Leningradi_Edasi_toimetus, lk 223
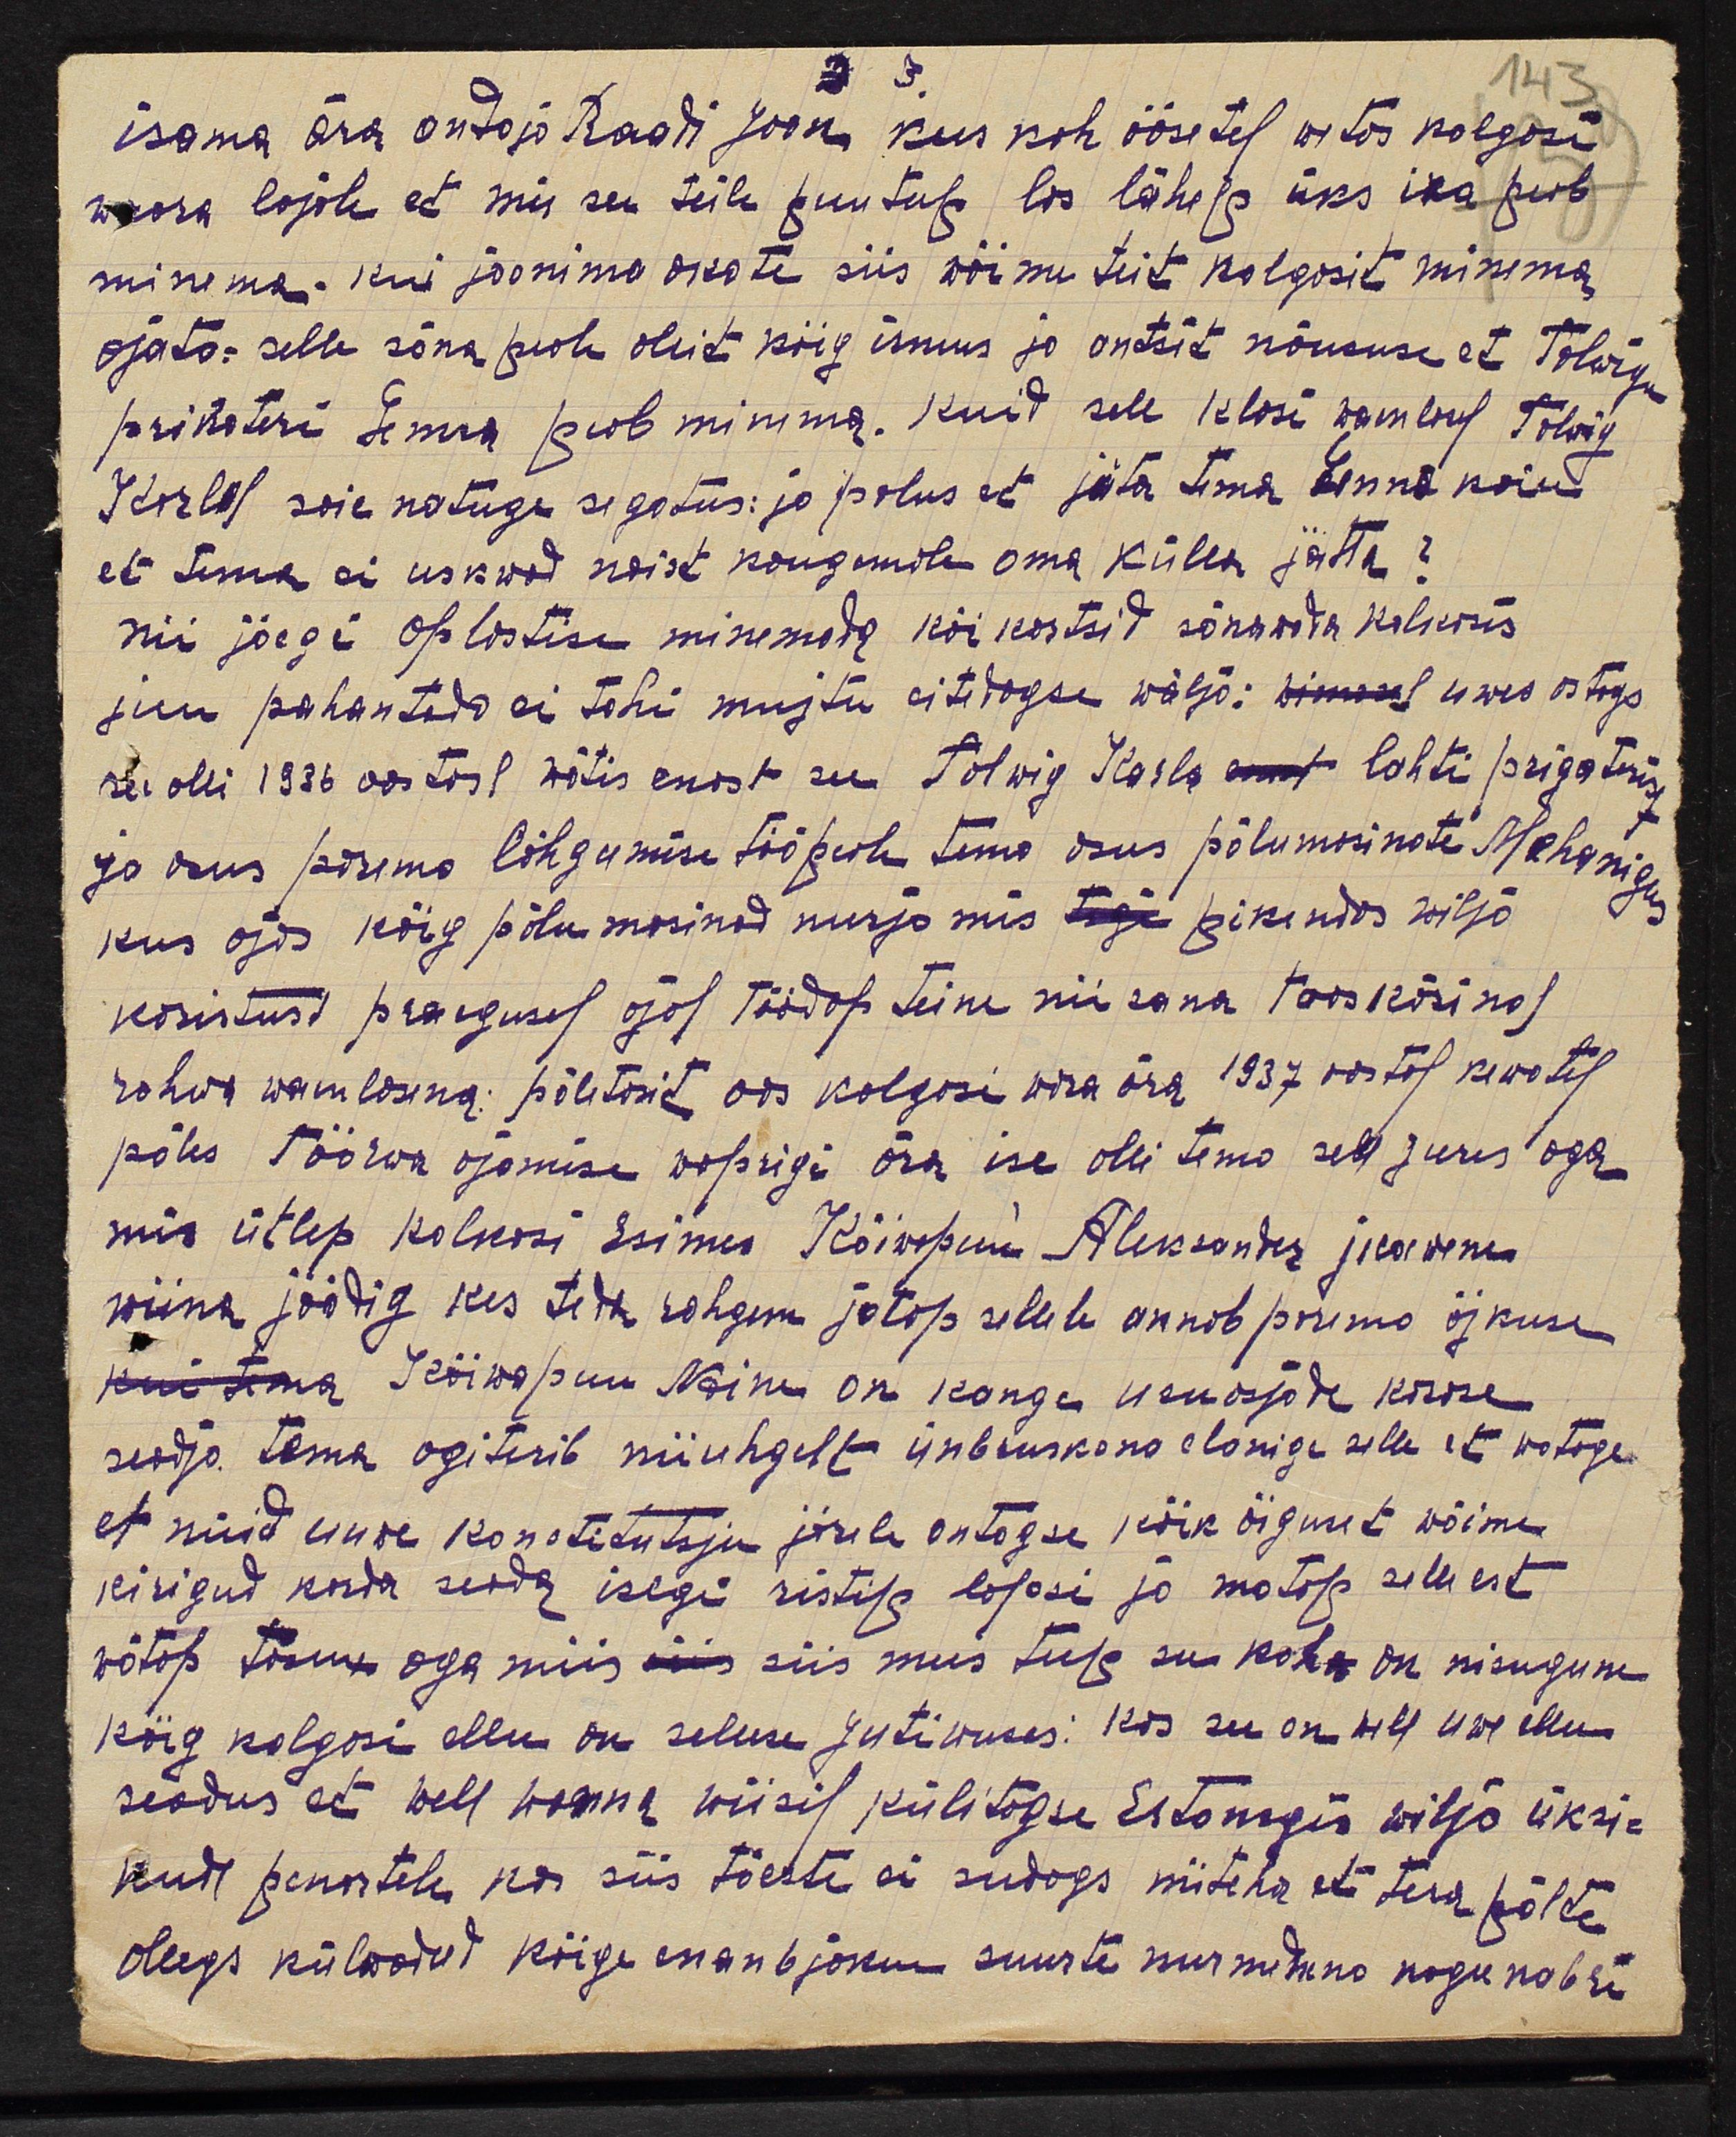
3
143
isama ära anto ja Raali Jaan, kus kah öösetel wetas kolgosi
wara lajale et mis see teile puutup loo lähep üks ika peab
minema. kui joonima akate siis wõime teit kolgosit minema
ajata. selle sõna peale ollit kõig irmus ja antsid nõususe et Talwigu
prikateri Emma peab minema. Kuid sele klasi waenlasel Talwig
Karlal, saie natuge segatus: ja palus et jäta tema Emma koiu
et tema ei uskwad naist kaugemale oma külla jätta?
nii jäigi oplastise minemada kõikostsid sõnawada kolkosis
juu pahantada ei tohi mujtu eitedagse wälja: uwas astags
See olli 1936 aastast wõtis enast see Talwig Kaela lahti prigatirist
ja asus parema lõhgumise tööpeale tema asus põlumisinate Mehanigus
kus ajas kõig põlu masinad nurja mis pikendas wilja
koristust praegusel ajal töödap teine nii sama taos käsinol
rahwa waenlasena: põletasit oos kolgasi wõsa ära 1937 aastal kewatel.
põles töörwa ajamise waprigi ära ise olli tema sele jures aga
mis ütlep kolkosi esimes Kõiwopuu Aleksander jkawene
wiina jöödig kes teda rohgem jotap sellele annab parema õjkuse
Kõiwopuu Naine on kange usuasjade käidse
seadja tema agiterib niiuhgelt ümruskona elanige selle et watage
et nüid uuwe konstitututsju järele antagse kõik õiguset wõime
kirigud korda sedda isegi ristip lapsi ja matap sellest
wõtap tasu aga mis siis mees teep see koht on nisugune
kõig kolgosi ellu on sellise jutiwuses: kas see on well uwe ellu
seadus et well wanna wiisil külitagse Estonsgis wilja üksi-
kude penartele kas siis tõeste ei sudags niiteha et tera põlte
olegs külwadud kõige enambjaku suurte nurmenna nagu nabri